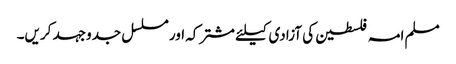
مسلم امہ فلسطین کی آزادی کیلئے مشترکہ اور مسلسل جدوجہد کریں۔